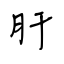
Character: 肝